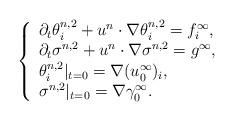
LaTeX: \begin{align*}\left\{\begin{array}{ll}\partial_t \theta^{n,2}_i +u^n \cdot\nabla \theta^{n,2}_i=f^\infty_i,\\\partial_t \sigma^{n,2} +u^n \cdot\nabla \sigma^{n,2}=g^\infty,\\{\theta^{n,2}_i}|_{t=0}=\nabla (u^\infty_0)_{i},\\{\sigma^{n,2}}|_{t=0}=\nabla \gamma^\infty_0.\end{array}\right.\end{align*}